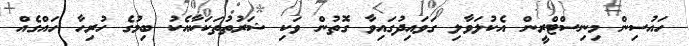
ހައުސިން މިނިސްޓްރީން އެކުލަވާލި ގަވައިދުގައިވާ ގޮތުން ވަކި ޝަރުތުތަކަކާއެކު ބިމުގެ ހުރިހާ ހައްގެއް